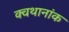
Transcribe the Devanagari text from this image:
क्वथानांक